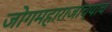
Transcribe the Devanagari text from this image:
जोगमहाराजांच्याच